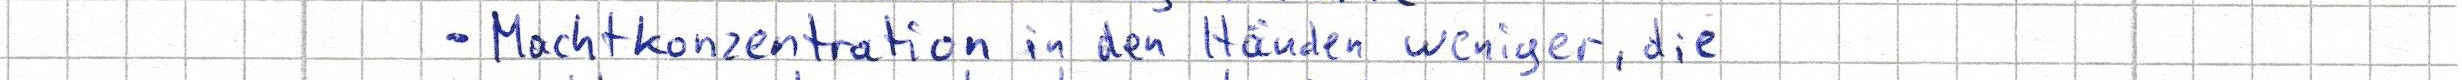
- Machtkonzentration in den Händen weniger, die